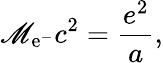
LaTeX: \mathscr{M}_{\mathrm{{e}}^{-}}c^{2}=\frac{{e^{2}}}{{a}},